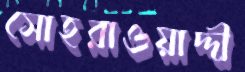
সোহরাওয়াদ্দী